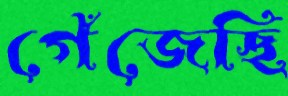
গেঁজেছি